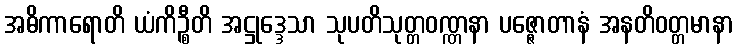
အဓိကာရောတိ ယံကိဉ္စီတိ အဋ္ဌုဒ္ဒေသာ သုပတိသုတ္တဝဏ္ဏနာ ပဇ္ဇောတာနံ အနတိဝတ္တမာနာ